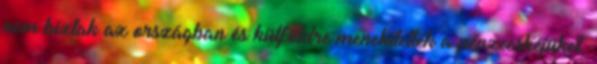
nem bíztak az országban és külföldre menekítették a pénzecskéjüket,